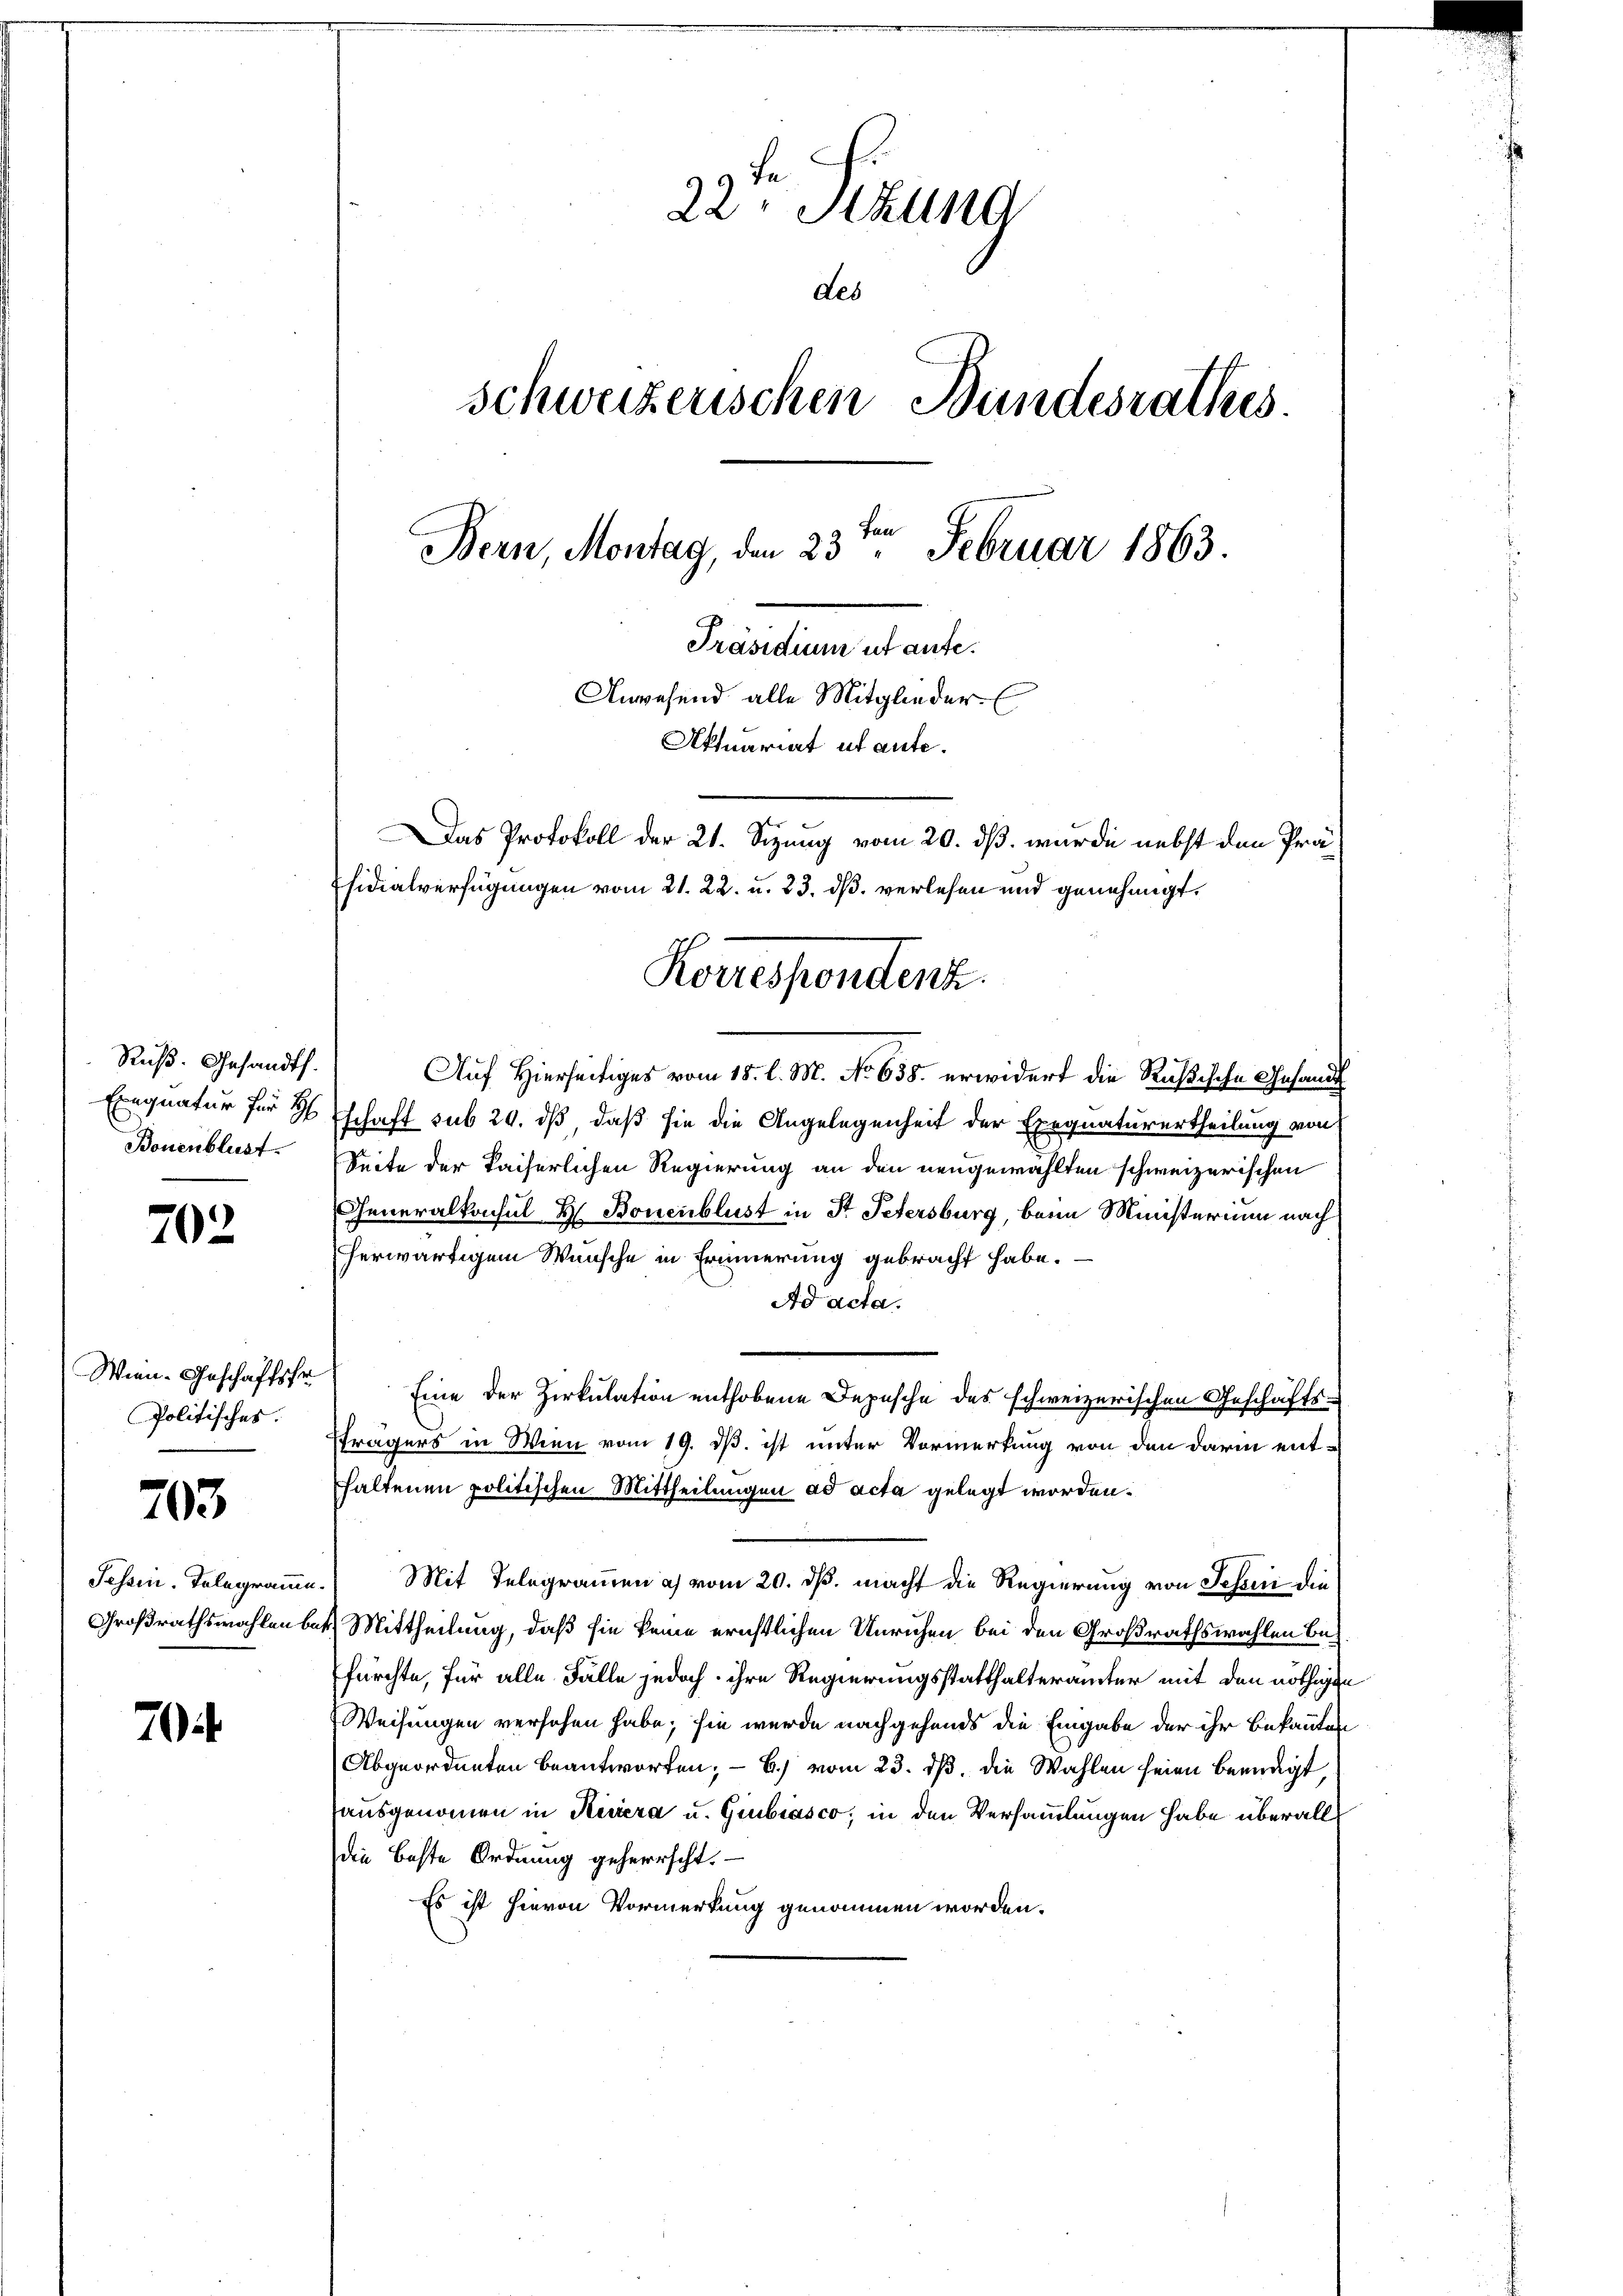
Ruß. Gesandt.
Bonenblust.

702

Wien Geschäftsfr
Politisches.

703

Tessin. Telegram

70

fe
22. Sitzung
schweizerischen Bundesrathes.
Bern, Montag, den 23. Februar 1863.
Präsidium ut aufe.
Anwesend alle Mitglieder
Aktuariat ut aufe.
Das Protokoll der 21. Sizung vom 20. dß. wurde nebst den Präsidialverfügungen vom 21. 22. u. 23. ds. verlesen und genehmigt.
Korrespondenz.

Auf Hierseitiges vom 15. l. M. No 638. erwidert die Rußische Gesandt
Einquatur für 8 Tschaft sub 20. dß, daß sie die Angelegenheit der Exequaturertheilung von
Seite der Kaiserlichen Regierung an den neugewählten schweizerischen
Generalkonsul H. Bonenblust in Dr. Petersburg, beim Ministerium nach
herwärtigem Wunsche in Erinnerung gebracht habe.
Ad acta.
Eine der Zirkulation enthobene Depesche des schweizerischen Geschäftsträgers in Wien vom 19. ds. ist unter Vormerkung von den darin enthaltenen politischen Mittheilungen ad acta gelegt worden.
 Mit Telegrammen u. vom 20. ds. macht die Regierung von Jeszen die
Großrathswahlen bei Mittheilung, daß sie keine erichtlichen Unruhen bei den Großrathswahlen befürchte, für alle Fälle jedoch ihre Regierungsstatthalterämter mit den nöthigen
Weisungen versehen habe; sie wurde nachgehends die Eingabe der ihr Bekannten
Abgeordneten beantworten, – b.) vom 23. dß. die Wahlen seien beendigt,
ausgenommen in Kessera u. Giubiasco, in den Versammlungen habe überall
die Beste Ordnung geherrscht.
Es ist hievon Vormerkung genommen worden.

Leb